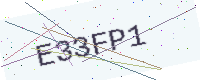
Text: E33FP1